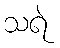
သရဲ